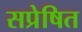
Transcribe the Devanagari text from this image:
सप्रेषित